Medical and sanitary report of the native army of Madras for the year
Year: 1878
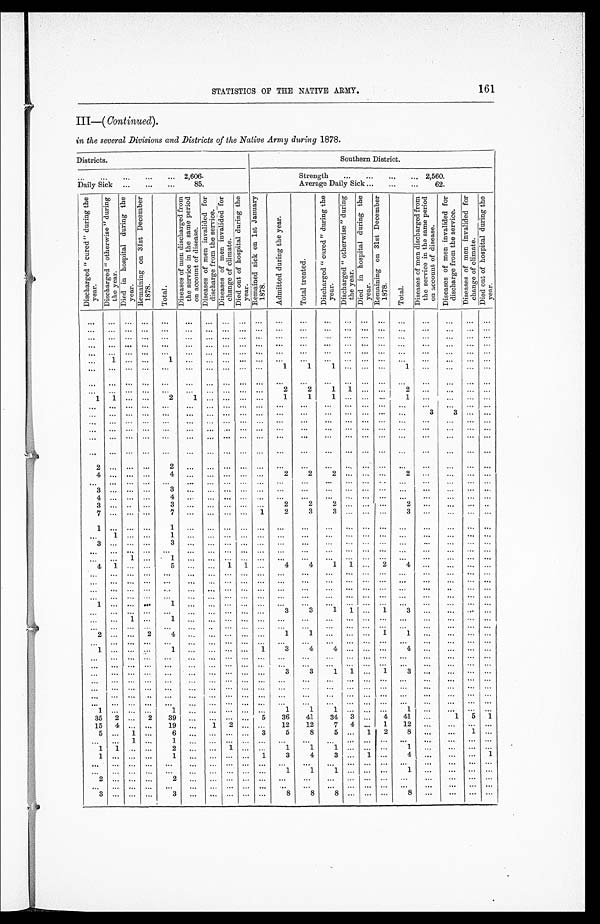
161
STATISTICS OF THE NATIVE ARMY.
III—( Continued).
in the several Divisions and Districts of the Native Army during 1878.
Districts.
Southern District.
. . . 2,606.
Strength . . . 2 , 5 6 0 .
Daily Sick
. . .
85.
Average Daily Sick . . .
62.
D i s c h a r g e d " c u r e d " d u r i n g t h e y e a r .
D i s c h a r g e d " o t h e r w i s e " d u r i n g t h e y e a r . D i e d i n H o s p i t a l d u r i n g t h e y e a r .
R e m a i n i n g o n 3 1 s t D e c e m b e r 1 8 7 8 .
T o t a l .
D i s e a s e s o f m e n d i s c h a r g e d f r o m t h e s e r v i c e i n t h e s a m e p e r i o d o n a c c o u n t o f d i s e a s e s .
D i s e a s e s o f m e n i n v a l i d e d f o r d i s c h a r g e f r o m t h e s e r v i c e .
D i s e a s e s o f m e n i n v a l i d e d f o r c h a n g e o f c l i m a t e .
D i e d o u t o f h o s p i t a l d u r i n g t h e y e a r .
R e m a i n e d s i c k o n 1 s t J a n u a r y 1 8 7 8 .
A d m i t t e d d u r i n g t h e y e a r .
T o t a l t r e a t e d .
D i s c h a r g e d " c u r e d " d u r i n g t h e y e a r .
D i s c h a r g e d " o t h e r w i s e " d u r i n g t h e y e a r . D i e d i n h o s p i t a l d u r i n g t h e y e a r .
R e m a i n i n g o n 3 1 s t D e c e m b e r 1 8 7 8 .
T o t a l .
D i s e a s e s o f m e n d i s c h a r g e d f r o m t h e s e r v i c e i n t h e s a m e p e r i o d o n a c c o u n t o f d i s e a s e s .
D i s e a s e s o f m e n i n v a l i d e d f o r d i s c h a r g e f r o m t h e s e r v i c e .
D i s e a s e s o f m e n i n v a l i d e d f o r c h a n g e o f c l i m a t e .
D i e d o u t o f h o s p i t a l d u r i n g t h e y e a r .
. . . . . .
. . .
. . .
. . .
. . .
. . .
. . .
. . .
. . .
. . .
. . .
. . . . . . . . .
. . .
. . .
. . .
. . . . . . . . .
. . . . . . . . .
. . .
. . .
. . .
. . .
. . .
. . .
. . .
. . .
. . .
. . . . . . . . .
. . .
. . .
. . .
. . .
. . . . . .
. . . . . .
. . .
. . .
. . . . . .
. . .
. . .
. . .
. . .
. . . . . .
. . .
. . .
. . .
. . .
. . .
. . .
. . . . . . . . .
. . .
. . .
. . .
. . .
. . .
. . .
. . .
. . .
. . .
. . .
. . .
. . .
. . . . . . . . .
. . .
. . .
. . .
. . .
. . .
. . .
. . . . . .
. . .
. . .
. . .
. . .
. . .
. . .
. . .
. . .
. . .
. . .
. . .
. . . . . .
. . .
. . .
. . .
. . .
. . . . . .
. . . 1
. . .
. . .
1 . . .
. . .
. . .
. . . . . .
. . . . . .
. . .
. . . . . .
. . .
. . .
. . .
. . .
. . . . . .
. . .
. . .
. . .
. . .
. . .
. . .
. . .
. . .
. . .
. . .
1
1
1 . . . . . .
. . . 1
. . .
. . .
. . . . . .
. . . . . .
. . .
. . .
. . .
. . .
. . .
. . .
. . .
. . .
. . .
. . .
. . . . . . . . .
. . .
. . .
. . .
. . .
. . . . . .
. . . . . .
. . .
. . .
. . .
. . .
. . .
. . .
. . .
. . .
2
2
1
1
. . .
. . .
2
. . .
. . . . . .. . .
1
1
. . .
. . .
2
1
. . .
. . .
. . .
. . .
1
1
1 . . .. . .
. . . 1
. . .
. . .
. . . . . .
. . . . . .
. . .
. . .
. . .
. . .
. . . . . .
. . .
. . .
. . .
. . .
. . .
. . .. . .
. . .
. . .
. . .
. . . . . . . . .
. . .
. . .
. . .
. . .
. . .
. . .
. . .
. . .
. . .
. . .
. . .
. . .
. . . . . .
. . .
. . .
. . .
3
3 . . . . . .
. . . . . .
. . .
. . .
. . .
. . . . . . . . .
. . . . . .
. . . . . .
. . . . . .
. . .
. . .
. . .
. . .
. . . . . . . . .
. . . . . .
. . .
. . .
. . .
. . .
. . . . . .
. . . . . .. . .
. . .
. . . . . .
. . .
. . .
. . .
. . .
. . . . . . . . .
. . .
. . .
. . .
. . .
. . .
. . .
. . .
. . .
. . .
. . .
. . .
. . .
. . . . . . . . .
. . .
. . .
. . .
. . . . . . . . .
. . . . . .
. . .
. . .
. . .
. . .
. . .
. . .
. . . . . .
. . .
. . .
. . .
. . .
. . .
. . .
. . .
. . .
. . .
. . . . . .
2 . . .
. . .
. . .
2
. . . . . . . . .
. . . . . .
. . .
. . .
. . . . . .
. . .
. . .
. . .
. . .
. . . . . . . . .
4 . . .
. . .
. . .
4
. . .
. . .
. . .
. . .
. . .
2
2 2
. . . . . .
2 . . .
. . .
. . . . . . . . .
. . . . . .
. . .
. . .
. . .
. . .
. . .
. . .
. . .
. . .
. . .
. . .
. . . . . . . . .
. . .
. . .
. . .
. . .
. . . . . .
3 . . .
. . .
. . .
3
. . .
. . .
. . .
. . .
. . . . . .
. . .
. . . . . . . . .
. . .
. . .
. . .
. . . . . . . . .
4 . . .
. . .
. . .
4
. . .
. . .
. . .
. . .
. . .
. . .
. . .
. . . . . . . . .
. . .
. . .
. . .
. . .
. . . . . .
3 . . .
. . .
. . .
3
. . . . . . . . .
. . . . . .
2
2 2
. . . . . .
. . .
2
. . .
. . .
. . . . . .
7
. . .
. . .
. . .
7
. . .
. . .
. . .
. . . 1
2
3 3
. . . . . .
. . .
3
. . .
. . .
. . . . . .
1 . . .
. . .
. . .
1
. . .
. . .
. . .
. . .
. . .
. . .
. . .
. . . . . .
. . .
. . .
. . .
. . .
. . . . . . . . .
. . . 1
. . .
. . .
1
. . .
. . . . . .
. . .
. . . . . .
. . . . . .
. . . . . .
. . . . . .
. . .
. . .
. . . . . .
3 . . . . . .
. . .
3
. . .
. . .
. . .
. . .
. . .
. . .
. . . . . .
. . . . . .
. . .
. . .
. . .
. . . . . . . . .
. . . . . .
. . .
. . .
. . .
. . .
. . .
. . .
. . .
. . .
. . .
. . .
. . . . . . . . .
. . .
. . .
. . .
. . . . . . . . .
. . . . . .
1
. . .
1
. . .
. . .
. . .
. . .
. . .
. . .
. . .
. . . . . . . . .
. . .
. . .
. . .
. . . . . .
. . .
4
1
. . .
. . .
5
. . .
. . . 1
1
. . .
4
4
1
1 . . .
2
4
. . .
. . . . . . . . .
. . . . . .
. . .
. . .
. . .
. . .
. . .
. . .
. . .
. . .
. . .
. . .
. . . . . . . . .
. . .
. . .
. . .
. . . . . . . . .
. . . . . .
. . .
. . .
. . .
. . .
. . . . . .
. . .
. . .
. . .
. . . . . .
. . . . . .
. . . . . .
. . .
. . .
. . . . . .
. . . . . .
. . .
. . .
. . .
. . .
. . .
. . .
. . .
. . .
. . .
. . .
. . . . . . . . .
. . . . . .
. . .
. . . . . . . . .
. . . . . .
. . .
. . .
. . .
. . .
. . .
. . .
. . .
. . . . . .
. . .
. . .
. . . . . .
. . .
. . .
. . .
. . . . . . . . .
1
. . .
. . .
. . .
1
. . .
. . .
. . .
. . .
. . .
. . .
. . .
. . . . . . . . .
. . . . . .
. . .
. . . . . . . . .
. . . . . .
. . .
. . .
. . .
. . .
. . .
. . .
. . .
. . .
3
3
1
1 . . .
1
3
. . .
. . . . . . . . .
. . .
. . .
1
. . .
1 . . .
. . .
. . .
. . .
. . .
. . .
. . .
. . . . . . . . .
. . .
. . .
. . .
. . . . . . . . .
. . .
. . .
. . .
. . .
. . .
. . . . . . . . .
. . .
. . .
. . .
. . .
. . . . . . . . .
. . .
. . .
. . .
. . . . . . . . .
2 . . .
. . .
2
4 . . .
. . .
. . .
. . .
. . .
1
1
. . . . . . . . .
1
1
. . .
. . . . . . . . .
. . . . . .
. . .
. . .
. . .
. . . . . . . . .
. . . . . .
. . .
. . . . . .
. . . . . .
. . .
. . .
. . .
. . . . . . . . .
1 . . .
. . .
. . .
1 . . .
. . .
. . .
. . . 1
3
4 4
. . . . . .
. . .
4
. . .
. . . . . . . . .
. . . . . .
. . .
. . .
. . .
. . .
. . .
. . .
. . .
. . .
. . .
. . .
. . . . . . . . .
. . .
. . .
. . .
. . . . . . . . .
. . . . . .
. . .
. . .
. . .
. . .
. . . . . .
. . .
. . . . . .
. . . . . .
. . . . . .
. . .
. . .
. . .
. . . . . . . . .
. . . . . .
. . .
. . .
. . .
. . .
. . .
. . .
. . . . . .
3
3
1
1 . . .
1
3
. . .
. . . . . . . . .
. . . . . .
. . .
. . .
. . .
. . . . . . . . .
. . . . . .
. . .
. . .
. . . . . . . . .
. . .
. . .
. . .
. . . . . . . . .
. . .
. . .
. . .
. . .
. . .
. . .
. . .
. . .
. . .
. . .
. . .
. . . . . .
. . . . . .
. . .
. . .
. . .
. . . . . . . . .
. . . . . .
. . .
. . .
. . .
. . .
. . .
. . .
. . .
. . .
. . .
. . .
. . . . . . . . .
. . .
. . .
. . .
. . . . . . . . .
. . . . . .
. . .
. . .
. . .
. . .
. . .
. . .
. . .
. . .
. . .
. . .
. . . . . . . . .
. . .
. . .
. . .
. . .
. . . . . .
1 . . .
. . .
. . .
1
. . . . . . . . .
. . . . . .
1
1
1 . . . . . .
. . .
1
. . .
. . . . . . . . .
35
2
. . .
2
39
. . .
. . . . . .
. . . 5
36
41
34
3 . . .
4
41
. . .
1
5
1
15
4
. . .
. . .
19
. . .
1
2
. . .
. . .
12
12
7
4 . . .
1
12
. . .
. . .
. . .. . .
5 . . .
1
. . .
6
. . . . . .
. . .
. . . 3
5
8
5 . . .
1
2
8
. . .
. . .
1 . . .
. . . . . .
1
. . .
1
. . . . . .
. . .
. . . . . .
. . .
. . .
. . . . . . . . .
. . .
. . .
. . .
. . .
. . .. . .
1
1
. . .
. . .
2
. . . . . . 1
. . .
. . .
1
1
1 . . . . . .
. . .
1
. . .
. . .
. . .. . .
1 . . .
. . .
. . .
1
. . . . . .
. . .
. . . 1
3
4
3 . . . 1
. . .
4
. . .
. . .
. . .1
. . . . . .
. . .
. . .
. . .
. . .
. . .
. . .
. . .
. . .
. . .
. . .
. . .
. . . . . .
. . .
. . .
. . . . . . . . . . . .
. . .
. . .
. . .
. . .
. . .
. . .
. . .
. . .
. . .
. . .
1
1
1 . . . . . .
. . .
1
. . . . . . . . . . . .
2 . . .
. . .
. . .
2
. . .
. . .
. . .
. . .
. . .
. . .
. . .
. . . . . . . . .
. . .
. . .
. . . . . . . . . . . .
. . . . . .
. . .
. . .
. . .
. . .
. . .
. . .
. . .
. . .
. . .
. . .
. . . . . . . . .
. . .
. . .
. . . . . . . . . . . .
3 . . . . . .
. . .
3
. . .
. . .
. . .
. . .
. . .
8
8
8 . . . . . .
. . .
8
. . .
. . .
. . . . . .